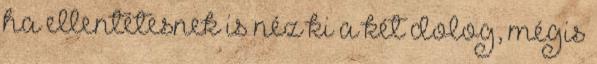
ha ellentétesnek is néz ki a két dolog, mégis